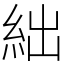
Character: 絀